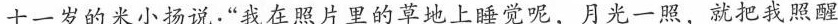
十一岁的米小扬说“我在照片里的草地上睡觉呢，月光一照，就把我照醒